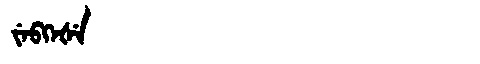
Manchu: ᠵᡝᠪᡴᡝᡧᡝ
Romanization: JEBKEŠE